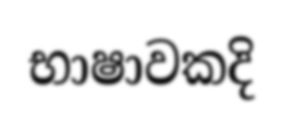
භාෂාවකදි